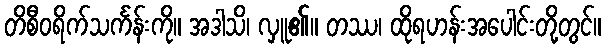
တိစီဝရိက်သင်္ကန်းကို။ အဒါသိ၊ လှူ၏။ တဿ၊ ထိုရဟန်းအပေါင်းတို့တွင်။